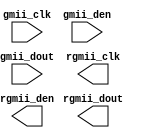
/*
 *
 */

`timescale 1ns/1ns
module gmii2rgmii (

    input  wire         gmii_clk, 
    input  wire         gmii_den,
    input  wire [ 7: 0] gmii_dout,
	 
    output wire         rgmii_clk,
    output wire         rgmii_den,
    output wire [ 3: 0] rgmii_dout

);

// SDR to DDR
wire [5:0] dataout;
`ifdef XILINX_ZYNQ
wire [5:0] gmii_hi = {1'b1, gmii_den, gmii_dout[7:4]};
wire [5:0] gmii_lo = {1'b0, gmii_den, gmii_dout[3:0]};
generate
genvar i;
for (i=0; i<6; i=i+1) begin: ODDR_loop
ODDR #(
    .DDR_CLK_EDGE("SAME_EDGE"), // "OPPOSITE_EDGE" or "SAME_EDGE"
    .INIT(1'b0), // Initial value of Q: 1'b0 or 1'b1
    .SRTYPE("ASYNC") // Set/Reset type: "SYNC" or "ASYNC"
) ODDR_inst (
    .Q(dataout[i]), // 1-bit DDR output
    .C(gmii_clk), // 1-bit clock input
    .CE(1'b1), // 1-bit clock enable input
    .D1(gmii_hi[i]), // 1-bit data input (positive edge)
    .D2(gmii_lo[i]), // 1-bit data input (negative edge)
    .R(1'b0), // 1-bit reset
    .S(1'b0) // 1-bit set
);
end
endgenerate
`endif
`ifdef XILINX_SPARTAN6
wire [5:0] gmii_hi = {1'b1, gmii_den, gmii_dout[7:4]};
wire [5:0] gmii_lo = {1'b0, gmii_den, gmii_dout[3:0]};
generate
genvar i;
for (i=0; i<6; i=i+1) begin: ODDR_loop
ODDR2 #(
    .DDR_ALIGNMENT("C0"), // Sets output alignment to "NONE", "C0" or "C1"
    .INIT(1'b0), // Sets initial state of the Q output to 1'b0 or 1'b1
    .SRTYPE("ASYNC") // Specifies "SYNC" or "ASYNC" set/reset
) ODDR2_inst (
    .Q(dataout[i]), // 1-bit DDR output data
    .C0(gmii_clk), // 1-bit clock input
    .C1(!gmii_clk), // 1-bit clock input
    .CE(1'b1), // 1-bit clock enable input
    .D0(gmii_hi[i]), // 1-bit data input (associated with C0)
    .D1(gmii_lo[i]), // 1-bit data input (associated with C1)
    .R(1'b0), // 1-bit reset input
    .S(1'b0) // 1-bit set input
);
end
endgenerate
`endif
`ifdef ALTERA
altddio_out	altddio_out_component (
			.datain_h ({1'b1, gmii_den, gmii_dout[7:4]}),
			.datain_l ({1'b0, gmii_den, gmii_dout[3:0]}),
			.outclock (gmii_clk),
			.dataout (dataout),
			.aclr (1'b0),
			.aset (1'b0),
			.oe (1'b1),
			.oe_out (),
			.outclocken (1'b1),
			.sclr (1'b0),
			.sset (1'b0));
defparam
	altddio_out_component.extend_oe_disable = "OFF",
	altddio_out_component.intended_device_family = "Cyclone IV",
	altddio_out_component.invert_output = "OFF",
	altddio_out_component.lpm_hint = "UNUSED",
	altddio_out_component.lpm_type = "altddio_out",
	altddio_out_component.oe_reg = "UNREGISTERED",
	altddio_out_component.power_up_high = "OFF",
	altddio_out_component.width = 6;
`endif

// DDR output
assign rgmii_clk  = dataout[  5];
assign rgmii_den  = dataout[  4];
assign rgmii_dout = dataout[3:0];

endmodule